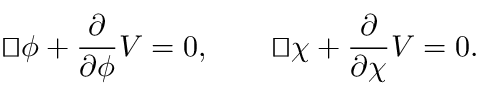
{ \sqcup \! \! \! \! \sqcap } \phi + \frac { \partial } { \partial \phi } V = 0 , \qquad { \sqcup \! \! \! \! \sqcap } \chi + \frac { \partial } { \partial \chi } V = 0 .